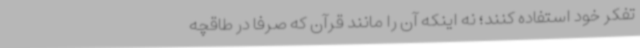
تفکر خود استفاده کنند؛ نه اینکه آن را مانند قرآن که صرفا در طاقچه